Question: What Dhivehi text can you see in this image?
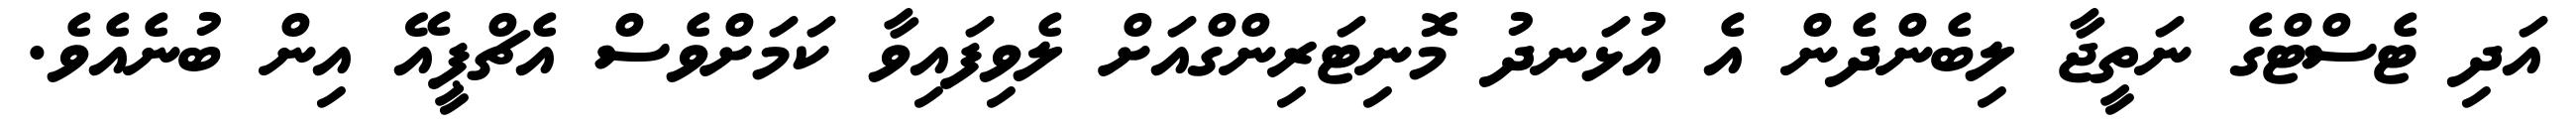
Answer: އަދި ޓެސްޓްގެ ނަތީޖާ ލިބެންދެން އެ އުޅަނދު މޮނިޓަރިންގްއަށް ލެވިފައިވާ ކަމަށްވެސް އެޗްޕީއޭ އިން ބުނެއެވެ.